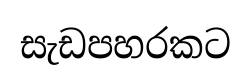
සැඩපහරකට